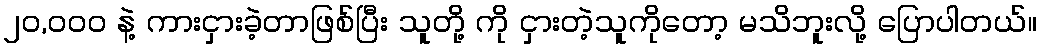
၂၀,၀၀၀ နဲ့ ကားငှားခဲ့တာဖြစ်ပြီး သူတို့ ကို ငှားတဲ့သူကိုတော့ မသိဘူးလို့ ပြောပါတယ်။